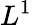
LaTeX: L^{1}